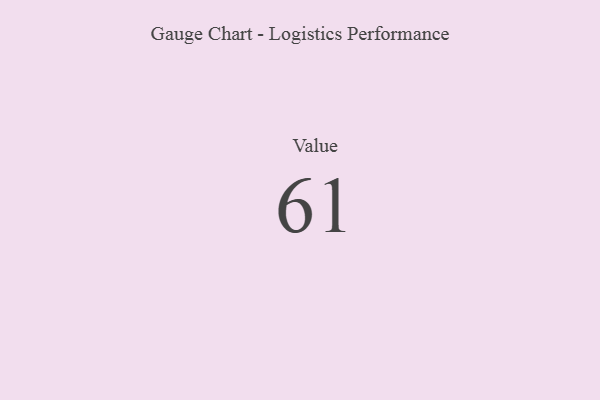
{"axis": {"x": "Metric", "y": "Value"}, "legend": [""], "data": [{"x": "Value", "y": 61, "type": ""}]}